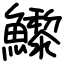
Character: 𩼽